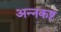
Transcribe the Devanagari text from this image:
अन्नकष्ट